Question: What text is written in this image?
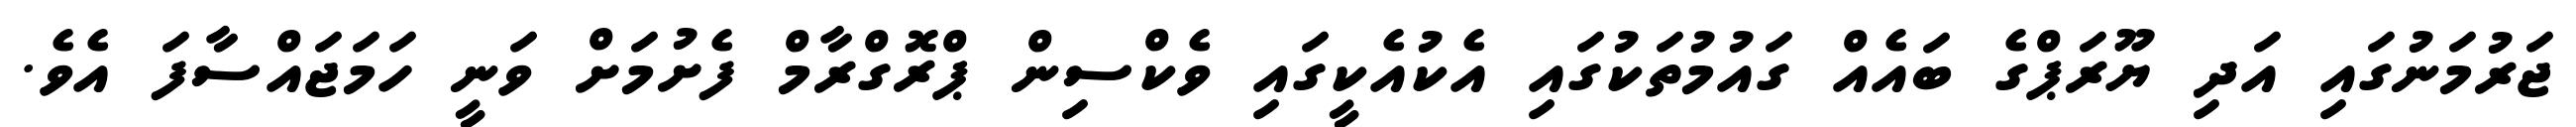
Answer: ޖަރުމަނުގައި އަދި ޔޫރަޕްގެ ބައެއް ގައުމުތަކުގައި އެކުއެކީގައި ވެކްސިން ޕްރޮގްރާމް ފެށުމަށް ވަނީ ހަމަޖައްސާފަ އެވެ.